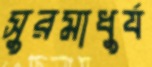
সুরমাধুর্য